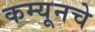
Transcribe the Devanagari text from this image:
कम्यूनचे